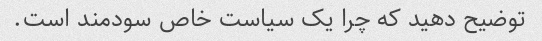
توضیح دهید که چرا یک سیاست خاص سودمند است.